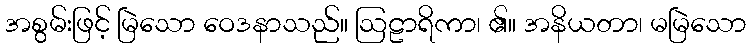
အစွမ်းဖြင့် မြဲသော ဝေဒနာသည်။ ဩဠာရိကာ၊ ၏။ အနိယတာ၊ မမြဲသော